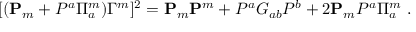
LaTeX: [ ( { \bf P } _ { m } + P ^ { a } \Pi _ { a } ^ { m } ) \Gamma ^ { m } ] ^ { 2 } = { \bf P } _ { m } { \bf P } ^ { m } + P ^ { a } G _ { a b } P ^ { b } + 2 { \bf P } _ { m } P ^ { a } \Pi _ { a } ^ { m } \ .